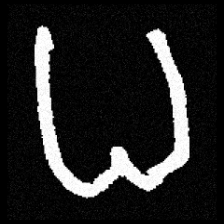
Pyu character \u2014 Myanmar letter: ဓ (romanized: dha)